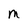
Character: M